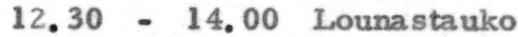
12.30 - 14.00 Lounastauko